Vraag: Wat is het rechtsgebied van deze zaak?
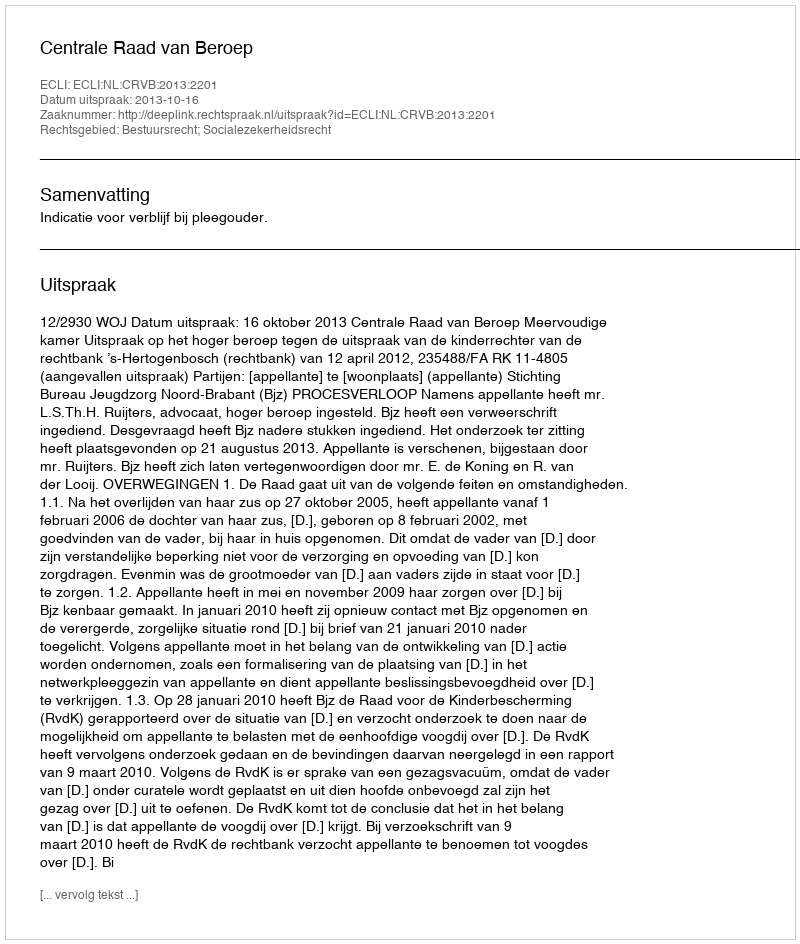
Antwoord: Bestuursrecht; Socialezekerheidsrecht